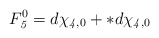
\begin{align*}F_{\it5}^0=d\chi_{{\it4},0}+*d\chi_{{\it4},0}\end{align*}